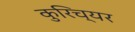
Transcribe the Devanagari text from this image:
कुरिच्यर